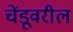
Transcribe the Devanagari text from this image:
चेंडूवरील